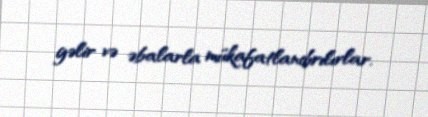
gəlir və əbalarla mükafatlandırılırlar.